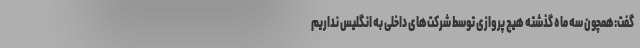
گفت:همچون سه ماه گذشته هیچ پروازی توسط شرکت‌های داخلی به انگلیس نداریم